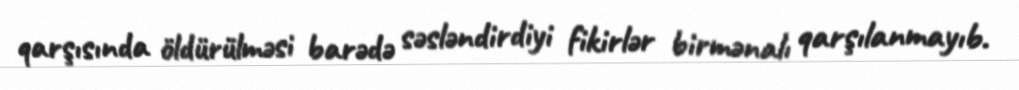
qarşısında öldürülməsi barədə səsləndirdiyi fikirlər birmənalı qarşılanmayıb.